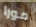
مورا